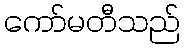
ကော်မတီသည်